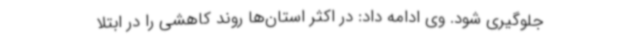
جلوگیری شود. وی ادامه داد: در اکثر استان‌ها روند کاهشی را در ابتلا